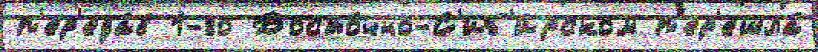
п'ер'еда́в 1-го Восто́чно-С'иб'и́рском п'ер'ешла́